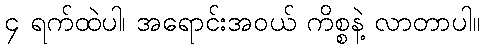
၄ ရက်ထဲပါ၊ အရောင်းအဝယ် ကိစ္စနဲ့ လာတာပါ။